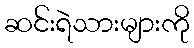
ဆင်းရဲသားများကို